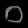
Digit: ၀